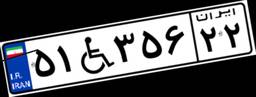
۵۱W۳۵۶۲۲